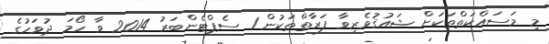
މި މަސައްކަތްތަކަށް ޝައުޤުވެރިވާ ފަރާތްތަކުން 1 ސެޕްޓެންބަރު 2014 ވާ ހޯމަ ދުވަހުގެ